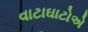
વાટાઘાટોએ